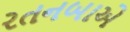
રતનબાએ